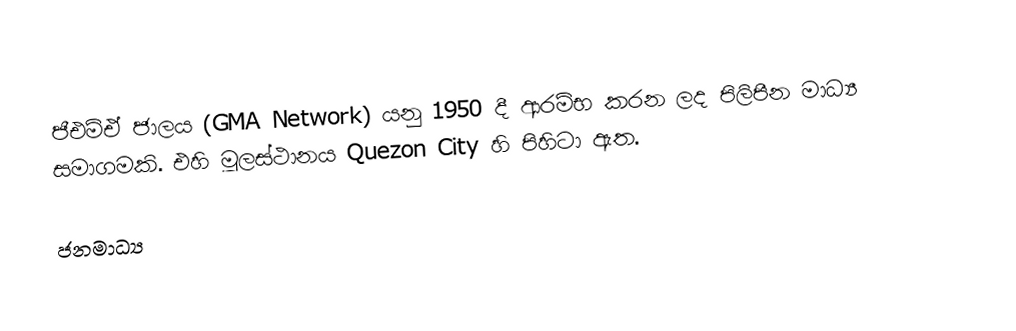
ජීඑම්ඒ ජාලය (GMA Network) යනු 1950 දී ආරම්භ කරන ලද පිලිපීන මාධ්‍ය සමාගමකි. එහි මූලස්ථානය Quezon City හි පිහිටා ඇත.

ජනමාධ්‍ය